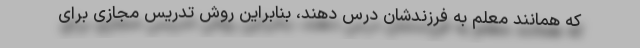
که همانند معلم به فرزندشان درس دهند، بنابراین روش تدریس مجازی برای